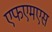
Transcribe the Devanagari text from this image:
एफएमएस